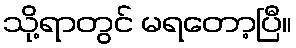
သို့ရာတွင် မရတော့ပြီ။